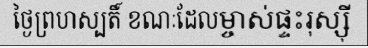
ថ្ងៃព្រហស្បតិ៍ ខណៈដែលម្ចាស់ផ្ទះរុស្ស៊ី